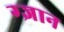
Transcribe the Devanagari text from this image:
ग्ज्ञान